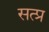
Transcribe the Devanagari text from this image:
सत्प्र